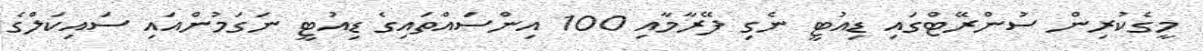
މީގެކުރިން ސުންރޭޓްގައި ޑިއުޓީ ނެގި ފޭރާމާއި 100 އިންސައްތައިގެ ޑިއުޓީ ނަގަމުންއައި ސައިކަލްގެ